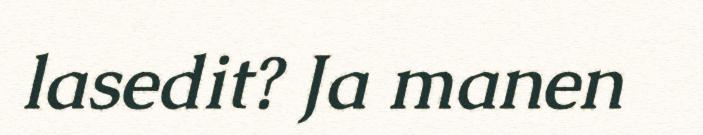
lasedit? Ja manen